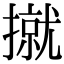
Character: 㩆